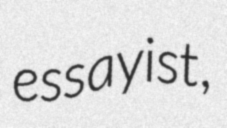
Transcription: essayist,